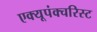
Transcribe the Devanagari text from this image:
एक्यूपंक्चरिस्ट